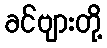
ခင်ဗျားတို့